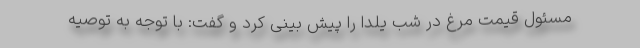
مسئول قیمت مرغ در شب یلدا را پیش بینی کرد و گفت: با توجه به توصیه